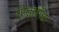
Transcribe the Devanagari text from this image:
घोड़ाबाँधा